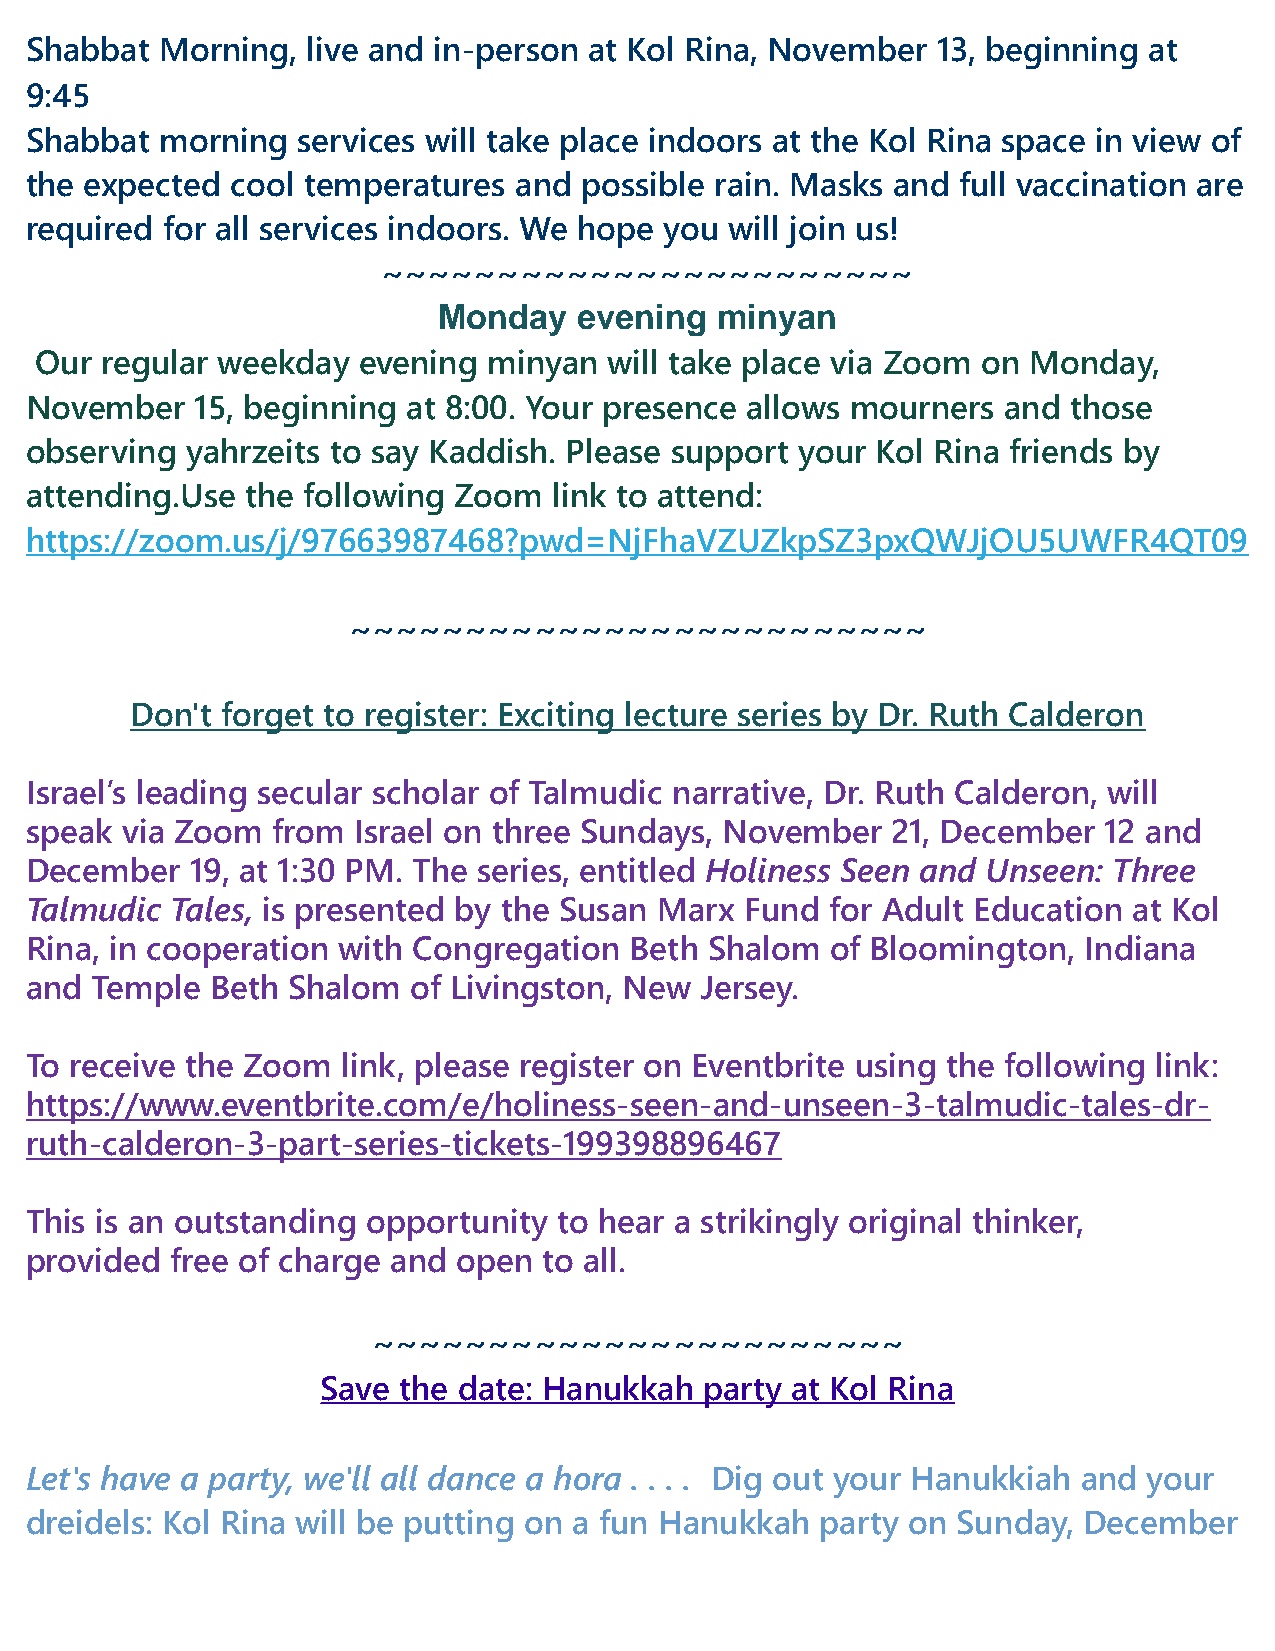
Shabbat  Morning, live and in-person at Kol Rina, November  13, beginning at
 9:45
 Shabbat  morning  services will take place indoors at the Kol Rina space in view of
 the expected cool temperatures  and possible rain. Masks and full vaccination are
 required for all services indoors. We hope you will join us!
 ~~~~~~~~~~~~~~~~~~~~~~~
 Monday   evening  minyan
 Our  regular weekday  evening minyan  will take place via Zoom on Monday,
 November   15, beginning at 8:00. Your presence allows mourners and  those
 observing yahrzeits to say Kaddish. Please support your Kol Rina friends by
 attending.Use the following Zoom   link to attend:
 https://zoom.us/j/97663987468?pwd=NjFhaVZUZkpSZ3pxQWJjOU5UWFR4QT09
 ~~~~~~~~~~~~~~~~~~~~~~~~~
 Don't forget to register: Exciting lecture series by Dr. Ruth Calderon
 Israel’s leading secular scholar of Talmudic narrative, Dr. Ruth Calderon, will
 speak via Zoom  from Israel on three Sundays, November   21, December  12 and
 December   19, at 1:30 PM. The series, entitled Holiness Seen and Unseen: Three
 Talmudic Tales, is presented by the Susan Marx Fund  for Adult Education at Kol
 Rina, in cooperation with Congregation  Beth Shalom  of Bloomington,  Indiana
 and Temple  Beth Shalom  of Livingston, New Jersey.
 To receive the Zoom  link, please register on Eventbrite using the following link:
 https://www.eventbrite.com/e/holiness-seen-and-unseen-3-talmudic-tales-dr-
 ruth-calderon-3-part-series-tickets-199398896467
 This is an outstanding opportunity to hear a strikingly original thinker,
 provided free of charge and open  to all.
 ~~~~~~~~~~~~~~~~~~~~~~~
 Save the date: Hanukkah   party at Kol Rina
 Let's have a party, we'll all dance a hora . . . . Dig out your Hanukkiah and your
 dreidels: Kol Rina will be putting on a fun Hanukkah party on Sunday, December